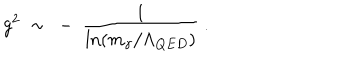
g ^ { 2 } \ \sim \ - \ \frac 1 { \ln ( m _ { \gamma } / \Lambda _ { Q E D } ) } \ .